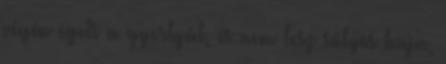
végén égeti a gyertyát, és nem lesz súlyos baja,